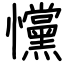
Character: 戃